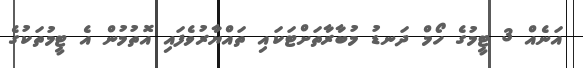
އަނެއް 3 ޓީމުގެ ހޯމް ދަނޑު މުބާރާތަށްޓަކައި ތައްޔާރުވެފައި އޮތުމުން އެ ޓީމުތަކުގެ